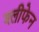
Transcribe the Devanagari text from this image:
श्लीफेन